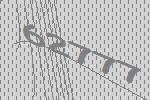
62777